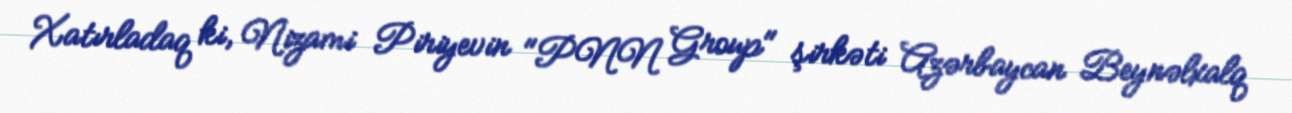
Xatırladaq ki, Nizami Piriyevin "PNN Group" şirkəti Azərbaycan Beynəlxalq